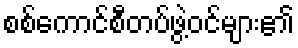
စစ်ကောင်စီတပ်ဖွဲ့ဝင်များ၏